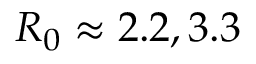
R _ { 0 } \approx 2 . 2 , 3 . 3